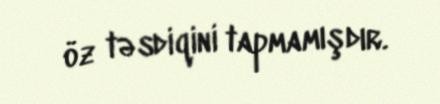
öz təsdiqini tapmamışdır.